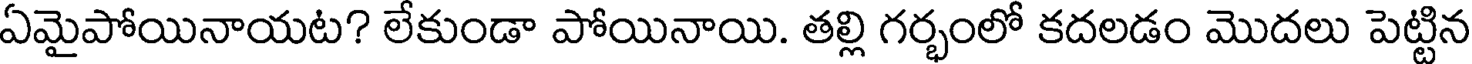
ఏమైపోయినాయట? లేకుండా పోయినాయి. తల్లి గర్భంలో కదలడం మొదలు పెట్టిన